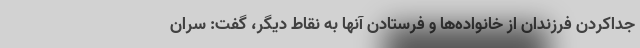
جداکردن فرزندان از خانواده‌ها و فرستادن آنها به نقاط دیگر، گفت: سران